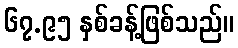
၆၇.၉၅ နှစ်ခန့်ဖြစ်သည်။